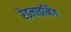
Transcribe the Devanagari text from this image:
रेडलाइनिंग